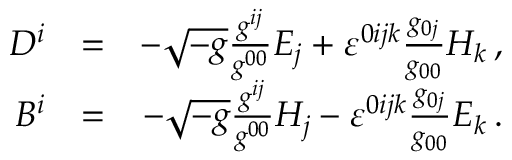
\begin{array} { r l r } { D ^ { i } } & { = } & { - \sqrt { - g } \frac { g ^ { i j } } { g ^ { 0 0 } } E _ { j } + \varepsilon ^ { 0 i j k } \frac { g _ { 0 j } } { g _ { 0 0 } } H _ { k } \, , } \\ { B ^ { i } } & { = } & { - \sqrt { - g } \frac { g ^ { i j } } { g ^ { 0 0 } } H _ { j } - \varepsilon ^ { 0 i j k } \frac { g _ { 0 j } } { g _ { 0 0 } } E _ { k } \, . } \end{array}